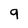
Character: 9